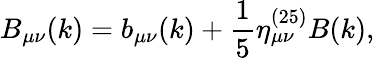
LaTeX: B_{\mu\nu}(k)=b_{\mu\nu}(k)+\frac{1}{5}\eta_{\mu\nu}^{(25)}B(k),